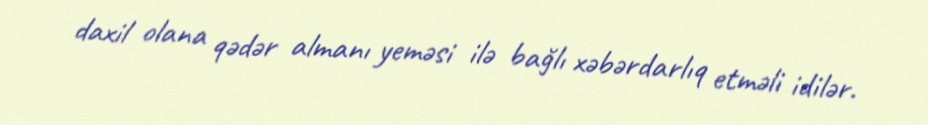
daxil olana qədər almanı yeməsi ilə bağlı xəbərdarlıq etməli idilər.